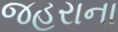
જહરાના